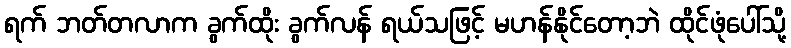
ရက် ဘတ်တလာက ခွက်ထိုး ခွက်လန် ရယ်သဖြင့် မဟန်နိုင်တော့ဘဲ ထိုင်ဖုံပေါ်သို့